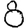
Digit: 8